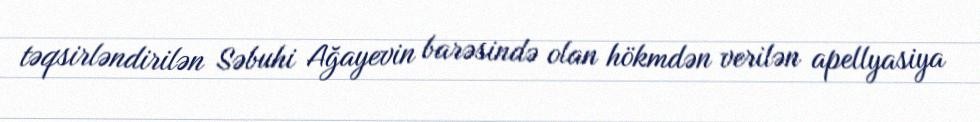
təqsirləndirilən Səbuhi Ağayevin barəsində olan hökmdən verilən apellyasiya